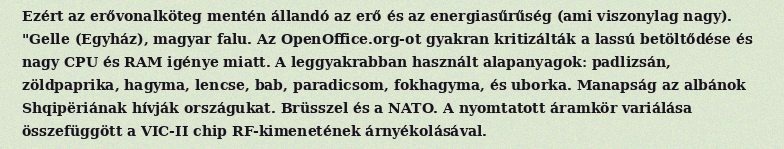
Ezért az erővonalköteg mentén állandó az erő és az energiasűrűség (ami viszonylag nagy). "Gelle (Egyház), magyar falu. Az OpenOffice.org-ot gyakran kritizálták a lassú betöltődése és nagy CPU és RAM igénye miatt. A leggyakrabban használt alapanyagok: padlizsán, zöldpaprika, hagyma, lencse, bab, paradicsom, fokhagyma, és uborka. Manapság az albánok Shqipëriának hívják országukat. Brüsszel és a NATO. A nyomtatott áramkör variálása összefüggött a VIC-II chip RF-kimenetének árnyékolásával.